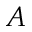
A